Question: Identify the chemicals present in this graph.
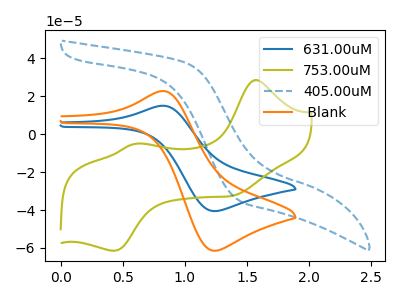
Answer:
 <answer>The blue curve is labeled "631.00uM". The olive curve is labeled "753.00uM". The blue dashed curve is labeled "405.00uM". The orange curve is labeled " Blank".</answer>
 <eval></eval>